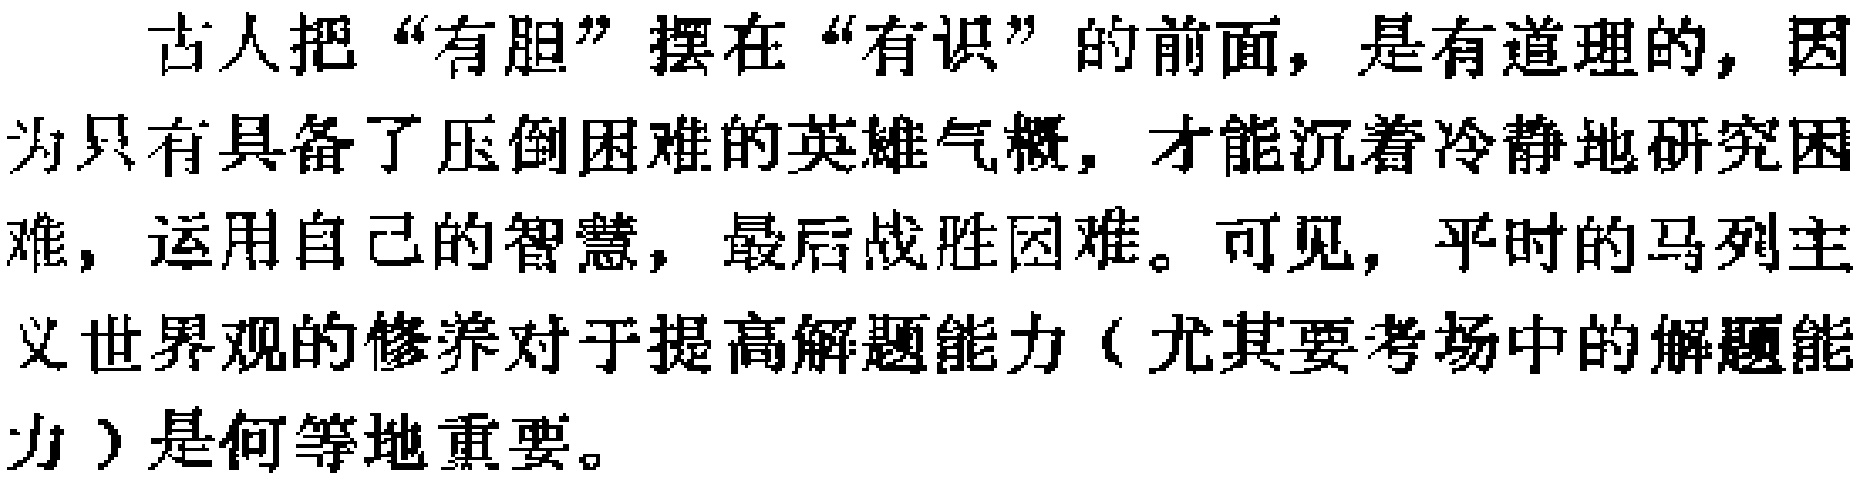
古人把“有胆”摆在“有识”的前面，是有道理的，因为只有具备了压倒困难的英雄气概，才能沉着冷静地研究困难，运用自己的智慧，最后战胜困难。可见，平时的马列主义世界观的修养对于提高解题能力（尤其要考场中的解题能力）是何等地重要。